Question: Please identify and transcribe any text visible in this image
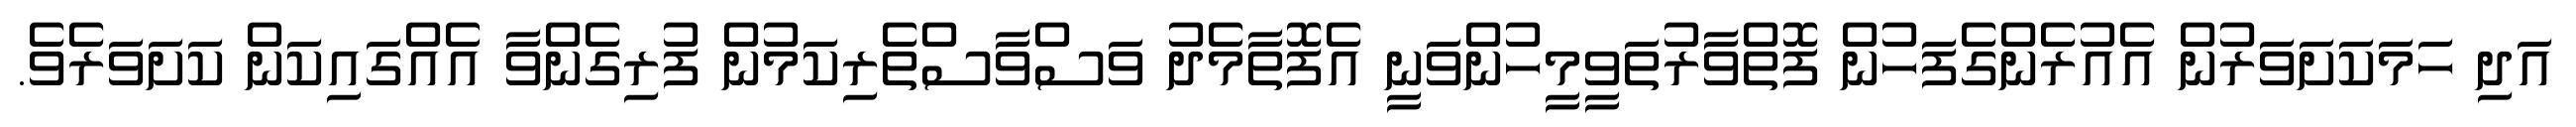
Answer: އަދި ހަމަކަށަވަރުން އެއުރެންގެފަހުން ފޮތްވާރުތަވީމީހުންވަނީ އެފޮތާމެދު ވަސްވާސްތެރިކަމުން ފުރިގެންވާ އެއްގައިކަން ކަށަވަރެވެ.